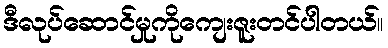
ဒီလုပ်ဆောင်မှုကိုကျေးဇူးတင်ပါတယ်။